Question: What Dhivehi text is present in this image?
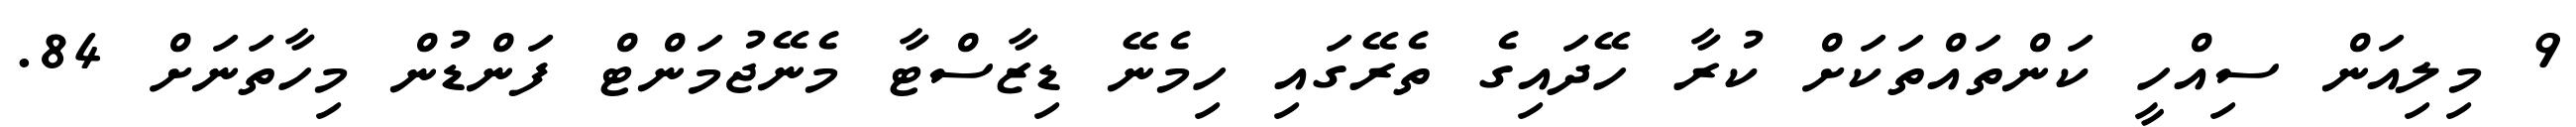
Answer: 9 މިލިއަން ސިއްހީ ކަންތައްތަކަށް ކުރާ ހޭދައިގެ ތެރޭގައި ހިމެނޭ ޑިޒާސްޓާ މެނޭޖުމަންޓް ފަންޑުން މިހާތަނަށް 84.